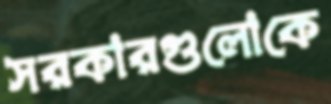
সরকারগুলোকে